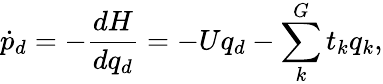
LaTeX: \dot{p}_{d}=-\frac{dH}{dq_{d}}=-Uq_{d}-\sum_{k}^{G}t_{k}q_{k},